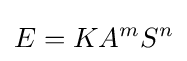
E=KA^{m}S^{n}